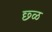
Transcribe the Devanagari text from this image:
छ्ळ